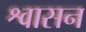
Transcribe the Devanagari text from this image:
श्वासन